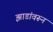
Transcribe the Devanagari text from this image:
झाडांवरून